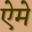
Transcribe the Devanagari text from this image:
ऐमे